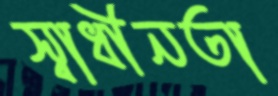
স্বাধীনতা